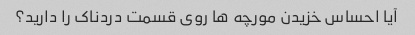
آیا احساس خزیدن مورچه ها روی قسمت دردناک را دارید؟